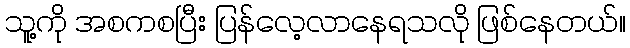
သူ့ကို အစကစပြီး ပြန်လေ့လာနေရသလို ဖြစ်နေတယ်။